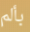
بألم